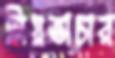
নিয়তাচার